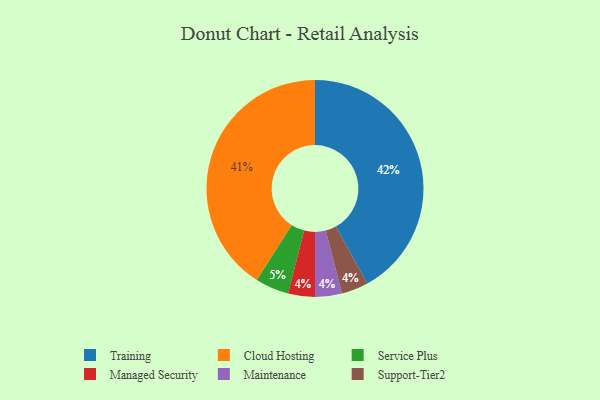
{"axis": {"x": "Category", "y": "Percentage"}, "legend": ["Cloud Hosting", "Maintenance", "Managed Security", "Service Plus", "Support-Tier2", "Training"], "data": [{"x": "Training", "y": 42, "type": "Training"}, {"x": "Managed Security", "y": 4, "type": "Managed Security"}, {"x": "Cloud Hosting", "y": 41, "type": "Cloud Hosting"}, {"x": "Maintenance", "y": 4, "type": "Maintenance"}, {"x": "Service Plus", "y": 5, "type": "Service Plus"}, {"x": "Support-Tier2", "y": 4, "type": "Support-Tier2"}]}